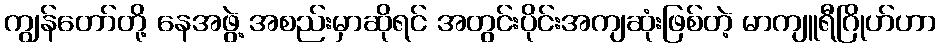
ကျွန်တော်တို့ နေအဖွဲ့ အစည်းမှာဆိုရင် အတွင်းပိုင်းအကျဆုံးဖြစ်တဲ့ မာကျူရီဂြိုဟ်ဟာ